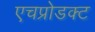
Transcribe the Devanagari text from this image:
एचप्रोडक्ट